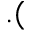
. (